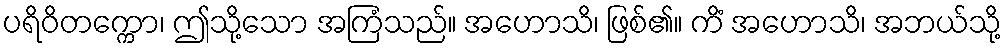
ပရိဝိတက္ကော၊ ဤသို့သော အကြံသည်။ အဟောသိ၊ ဖြစ်၏။ ကိံ အဟောသိ၊ အဘယ်သို့